Annual report of the Punjab Veterinary College and of the Civil Veterinary Department, Punjab - 1894-1908
Year: 1894
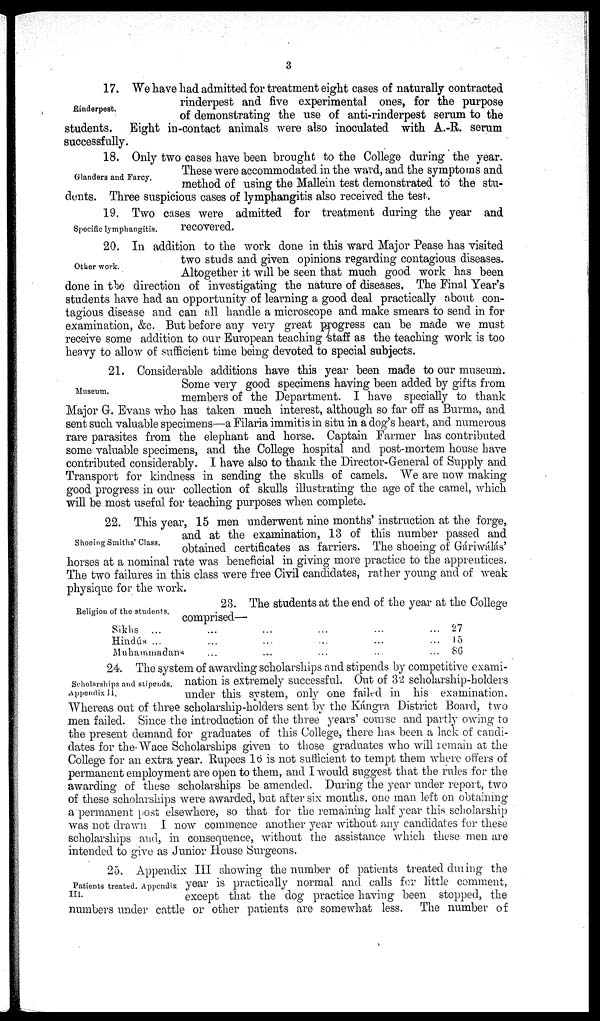
3
Rinderpest.
17. We have had admitted for treatment eight cases of naturally contracted
rinderpest and five experimental ones, for the purpose
of demonstrating the use of anti-rinderpest serum to the
students. Eight in-contact animals were also inoculated with A.-R. serum
successfully.
Glanders and Farcy.
18. Only two cases have been brought to the College during the year.
These were accommodated in the ward, and the symptoms and
method of using the Mallein test demonstrated to the stu-
dents. Three suspicious cases of lymphangitis also received the test.
Specific lymphangitis.
19. Two cases were admitted for treatment during the year and
recovered.
Other work.
20. In addition to the work done in this ward Major Pease has visited
two studs and given opinions regarding contagious diseases.
Altogether it will be seen that much good work has been
done in the direction of investigating the nature of diseases, The Final Year's
students have had an opportunity of learning a good deal practically about con-
tagious disease and can all handle a microscope and make smears to send in for
examination, &c. But before any very great progress can be made we must
receive some addition to our European teaching staff as the teaching work is too
heavy to allow of sufficient time being devoted to special subjects.
Museum.
21. Considerable additions have this year been made to our museum.
Some very good specimens having been added by gifts from
members of the Department. I have specially to thank
Major G. Evans who has taken much interest, although so far off as Burma, and
sent such valuable specimens—a Filaria immitis in situ in a dog's heart, and numerous
rare parasites from the elephant and horse. Captain Farmer has contributed
some valuable specimens, and the College hospital and post-mortem house have
contributed considerably. I have also to thank the Director-General of Supply and
Transport for kindness in sending the skulls of camels. We are now making
good progress in our collection of skulls illustrating the age of the camel, which
will be most useful for teaching purposes when complete.
Shoeing Smiths' Class.
22. This year, 15 men underwent nine months' instruction at the forge,
and at the examination, 13 of this number passed and
obtained certificates as farriers. The shoeing of Gáriwalás'
horses at a nominal rate was beneficial in giving more practice to the apprentices.
The two failures in this class were free Civil candidates, rather young and of weak
physique for the work.
Religion of the students.
23. The students at the end of the year at the College
comprised—
Sikhs ... ... ... ... ...
Hindús ... ... ... ... ... ...
Muhamadans ... .... ... ... ...
27
15
86
Scholarships and stipends.
Appendix 11.
24. The system of awarding scholarships and stipends by competitive exami-
nation is extremely successful. Out of 32 scholarship-holders
under this system, only one failed in his examination.
Whereas out of three scholarship-holders sent by the Kángra District Board, two
men failed. Since the introduction of the three years' course and partly owing to
the present demand for graduates of this College, there has been a lack of candi-
dates for the Wace Scholarships given to those graduates who will remain at the
College for an extra year. Rupees 16 is not sufficient to tempt them where offers of
permanent employment are open to them, and I would suggest that the rules for the
awarding of these scholarships be amended. During the year under report, two
of these scholarships were awarded, but after six months, one man left on obtaining
a permanent post elsewhere, so that for the remaining half year this scholarship
was not drawn I now commence another year without any candidates for these
scholarships and, in consequence, without the assistance which these men are
intended to give as Junior House Surgeons.
Patients treated. Appendix
III.
25. Appendix III showing the number of patients treated during the
year is practically normal and calls for little comment,
except that the dog practice having been stopped, the
numbers under cattle or other patients are somewhat less. The number of